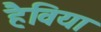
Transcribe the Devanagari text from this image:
हैविया